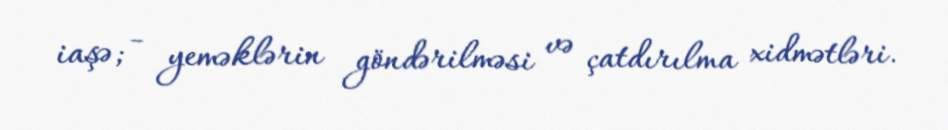
iaşə; - yeməklərin göndərilməsi və çatdırılma xidmətləri.